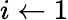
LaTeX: i\gets 1